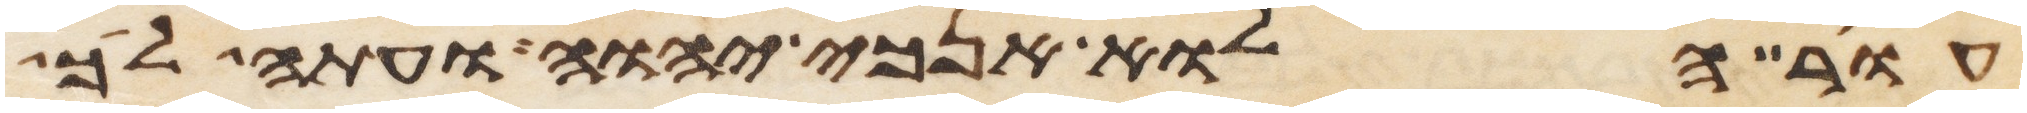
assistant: עור הלוא אנכי יהוה ועתה לך